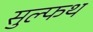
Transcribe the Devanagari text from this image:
सुल्फथ